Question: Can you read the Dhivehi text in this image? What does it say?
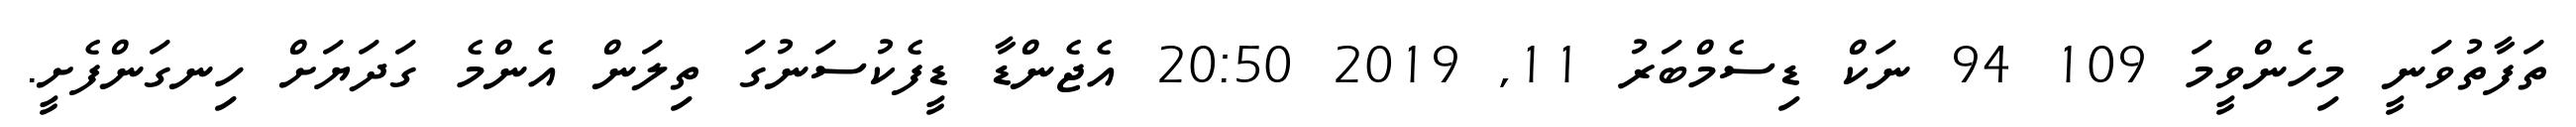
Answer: ތަފާތުވަނީ މިހެންވީމަ 109 94 ނަކް ޑިސެމްބަރު 11, 2019 20:50 އެޖެންޑާ ޑީފެކުސަނުގަ ތިލަން އެންމެ ގަދަޔަށް ހިނގަންފެށީ.